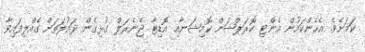
ކަމަށެވެ. އެހެންކަމުން އެންޓި ކޮރަޕްޝަން ކޮމިޝަނާއި އޮޑިޓާ ޖެނެރަލް ގުޅިގެން ދައުލަތަށް ގެއްލިފައިވާ